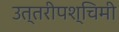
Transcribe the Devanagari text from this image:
उत्तरीपश्चिमी